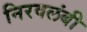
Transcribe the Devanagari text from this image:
निरवलंबी